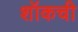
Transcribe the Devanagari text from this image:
शॉकची